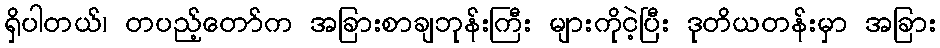
ရှိပါတယ်၊ တပည့်တော်က အခြားစာချဘုန်းကြီး များကိုငဲ့ပြီး ဒုတိယတန်းမှာ အခြား